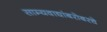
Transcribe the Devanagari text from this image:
साम्यवाद्यांबरोबरचे